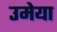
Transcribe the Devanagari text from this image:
उमेया